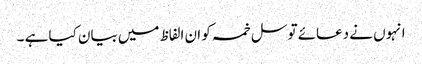
انہوں نے دعائے توسل خمسہ کو ان الفاظ میں بیان کیا ہے ۔